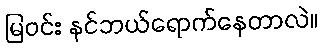
မြဝင်း နင်ဘယ်ရောက်နေတာလဲ။